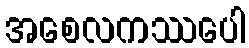
အစေလကဿပေါ